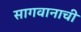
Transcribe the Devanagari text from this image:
सागवानाची